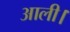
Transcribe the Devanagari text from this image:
आली।